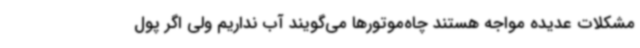
مشکلات عدیده مواجه هستند چاه‌موتورها می‌گویند آب نداریم ولی اگر پول